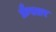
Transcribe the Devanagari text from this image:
फ्रैस्लर